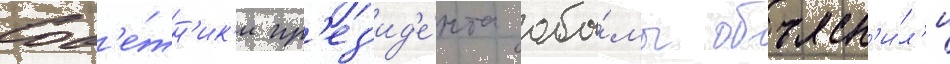
Сов'е́тн'ик'и пр'ез'ид'е́нта оба́мы объясн'и́л'и